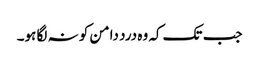
جب تک کہ وہ درد دامن کو نہ لگا ہو۔